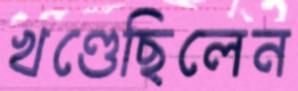
খণ্ডেছিলেন